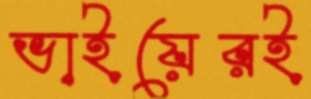
ভাইয়েরই